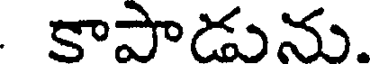
కాపాడును.